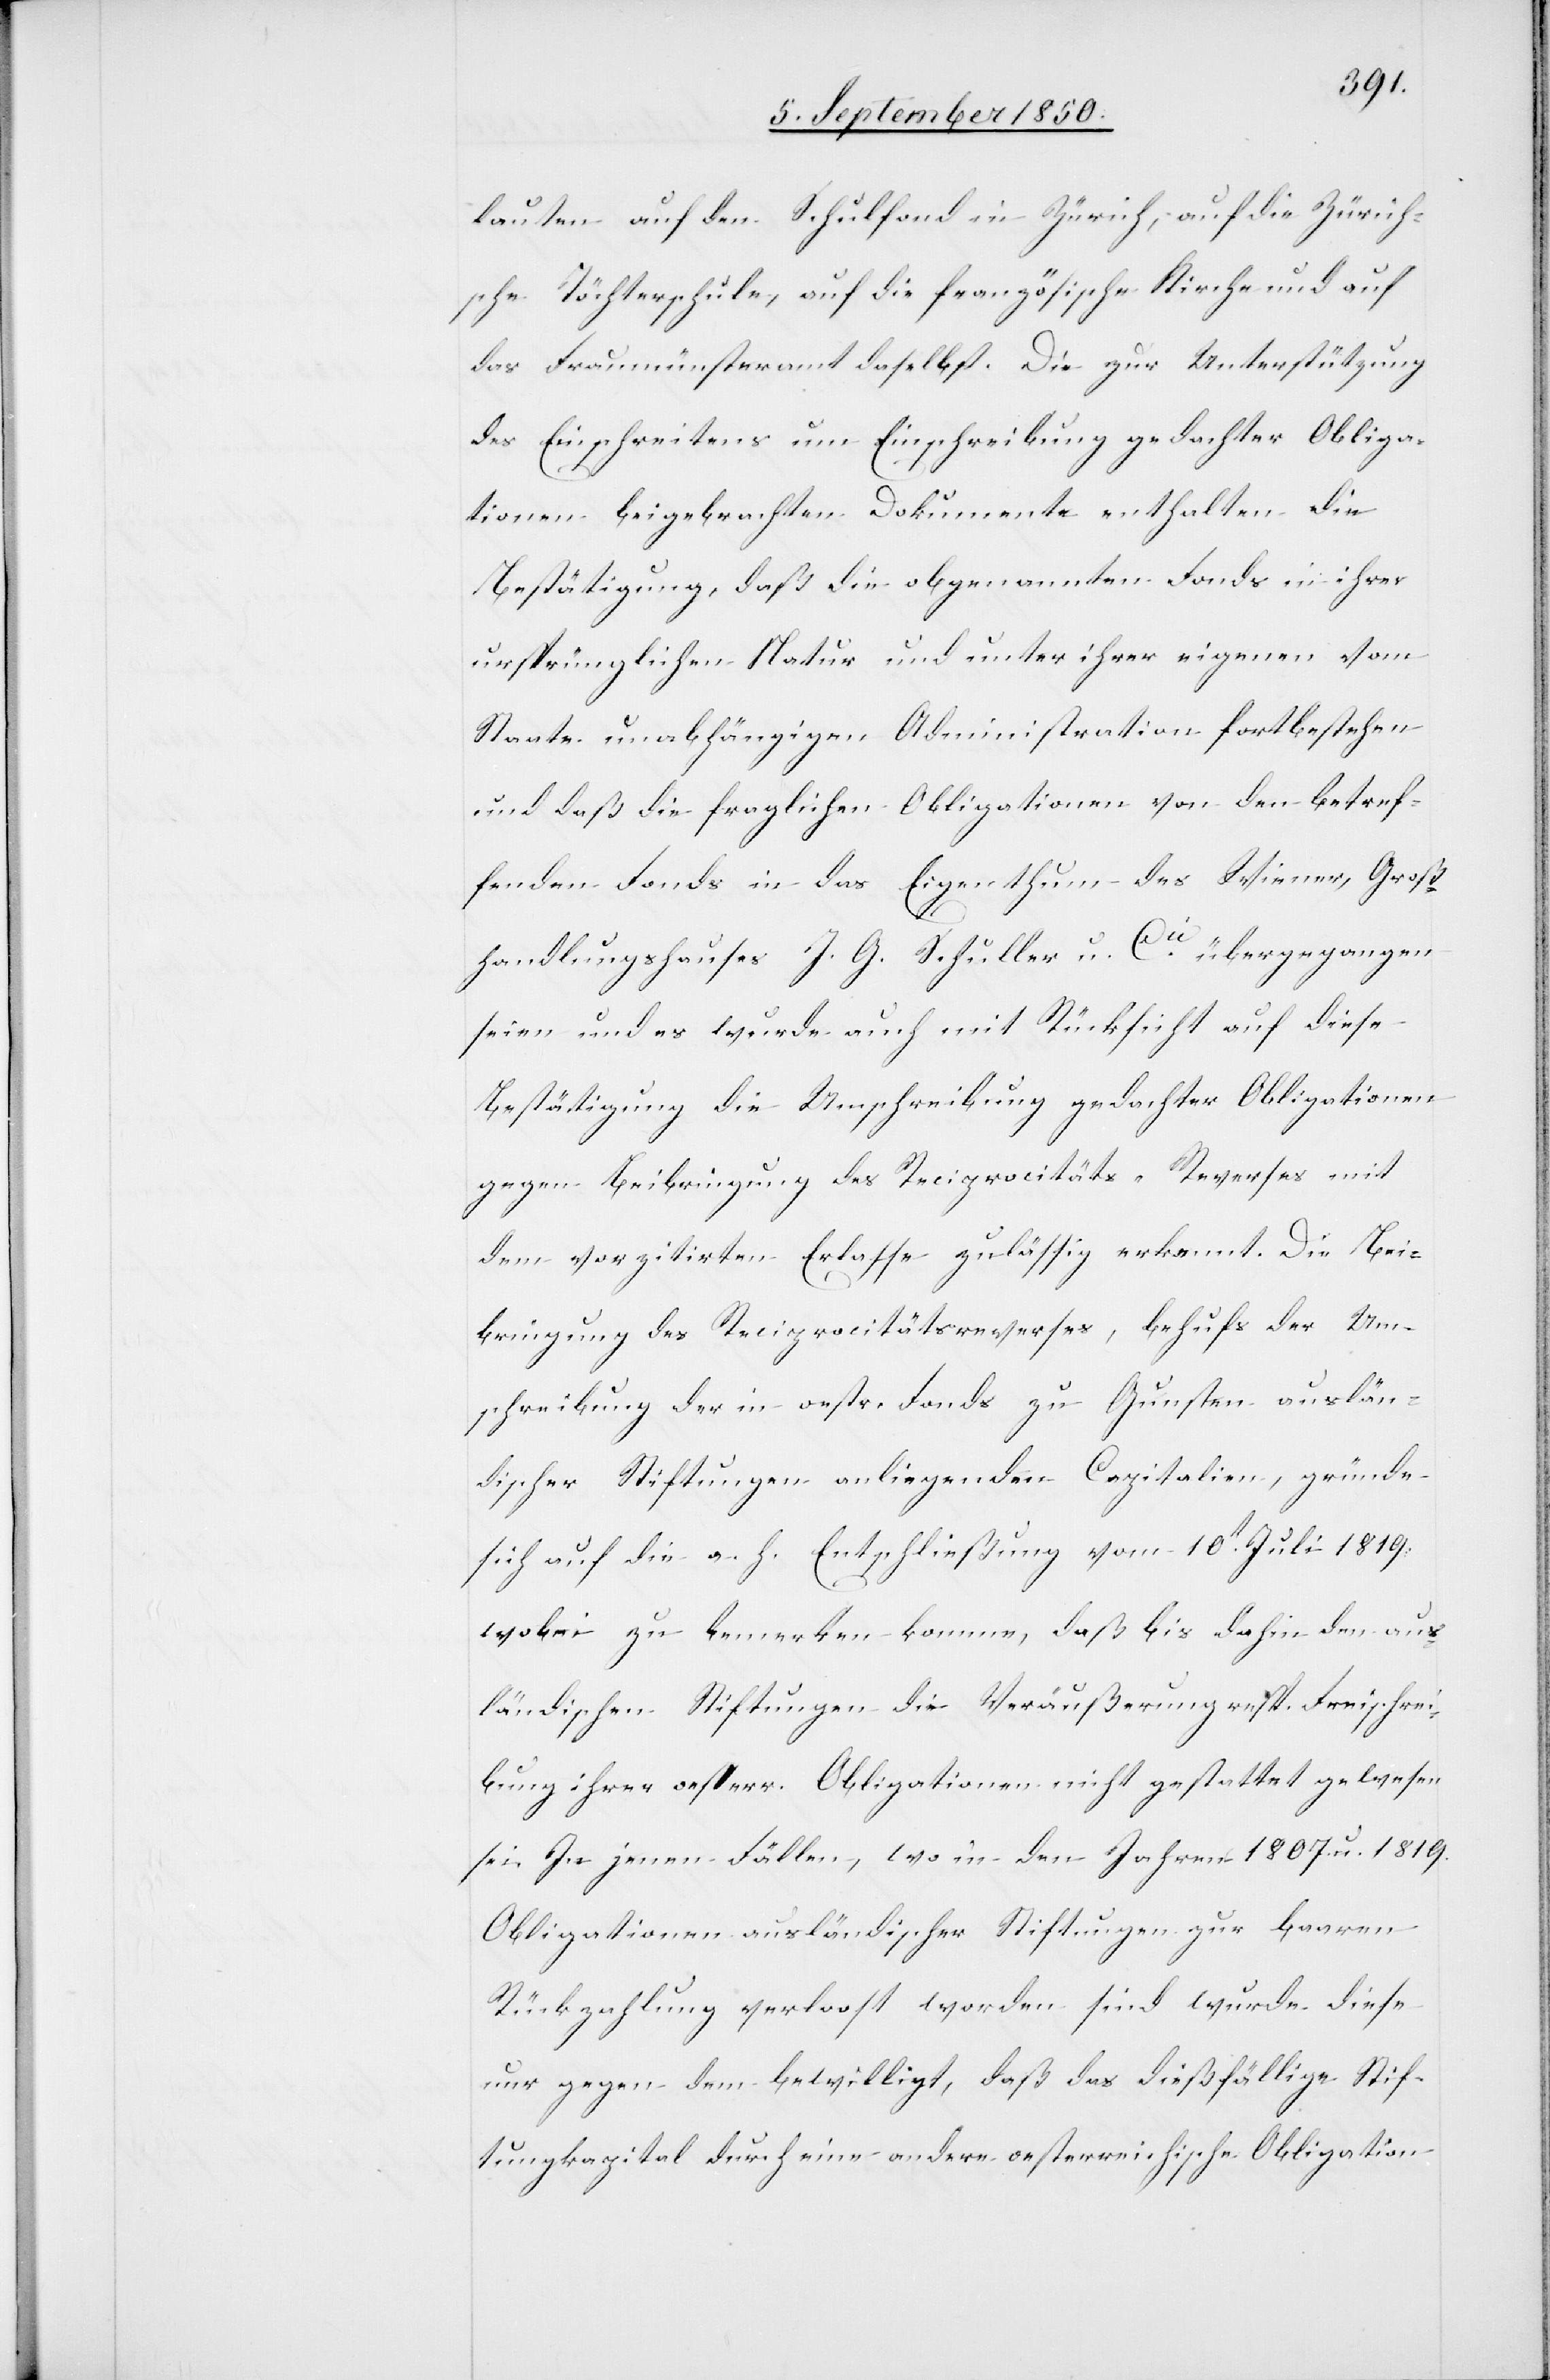
betref¬
lauten auf den Schulfond in Zürich, auf die Zürich¬
sche Töchterschule, auf die französische Kirche und auf
das Fraumünsteramt daselbst. Die zur Unterstützung
des Einschreitens um Einschreibung gedachter Obliga¬
tionen beigebrachten Dokumente enthalten die
Bestätigung, daß die obgenannten Fonds in ihrer
ursprünglichen Natur und unter ihrer eigenen vom
fenden Fonds in das Eigenthum des Wiener, Groß¬
handlungshauses J. G. Schuller u. Cie übergegangen
seien und es wurde auch mit Rücksicht auf diese
Bestätigung die Umschreibung gedachter Obligationen
gegen Beibringung des Reciprocitäts-Reverses mit
dem vorzitirten Erlasse zulässig erkennt. Die Bei¬
bringung des Reciprocitätsreverses, behufs der Um¬
schreibung der in oestr. Fonds zu Gunsten auslän¬
discher Stiftungen anliegenden Capitalien, gründe
sich auf die a. h. Entschließung vom 10t Juli 1819.
wobei zu bemerken komme, daß bis dahin den aus¬
ländischen Stiftungen die Veräußerung resp. Freischrei¬
bung ihrer oesterr. Obligationen nicht gestattet gewesen
sei. In jenen Fällen, wo in den Jahren 1807. u. 1819.
Obligationen ausländischer Stiftungen zur baaren
Rückzahlung verloost worden sind wurde diese
nur gegen dem bewilligt, daß das dießfällige Stif¬
tungskapital durch eine andere oesterreichische Obligation